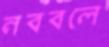
নববলে